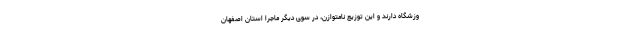
وزشگاه دارند و این توزیع نامتوازن، در سوی دیگر ماجرا استان اصفهان